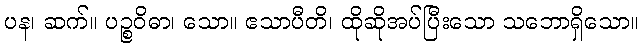
ပန၊ ဆက်။ ပဉ္စဝိဓာ၊ သော။ ဧသာပီတိ၊ ထိုဆိုအပ်ပြီးသော သဘောရှိသော။